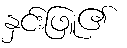
နှင်းဖြူ၏